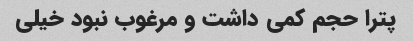
پترا حجم کمی‌ داشت و مرغوب‌ نبود خیلی